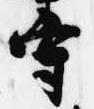
守